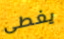
يغطى